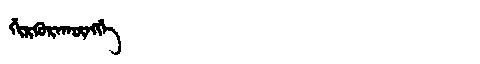
Manchu: ᡤᡳᡵᡴᡠᡵᠠᡴᡡᠩᡤᡝ
Romanization: GIRKURAKŪNGGE